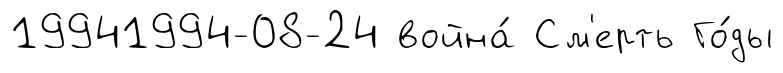
19941994-08-24 война́ См'ерть Го́ды